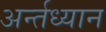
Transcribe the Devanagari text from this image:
अर्न्‍तध्‍यान